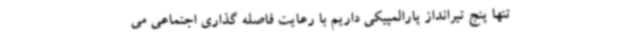
تنها پنج تیرانداز پارالمپیکی داریم با رعایت فاصله گذاری اجتماعی می